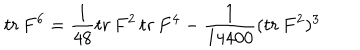
t r \, F ^ { 6 } = \frac { 1 } { 4 8 } t r \, F ^ { 2 } \, t r \, F ^ { 4 } - \frac { 1 } { 1 4 4 0 0 } ( t r \, F ^ { 2 } ) ^ { 3 }